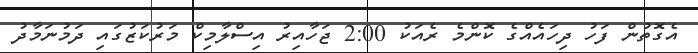
އެގޮތުން ފަހު ދިހައެއްގެ ކޮންމެ ރެއަކު 2:00 ޖަހާއިރު އިސްލާމިކް މަރުކަޒުގައި ދަމުނަމާދު